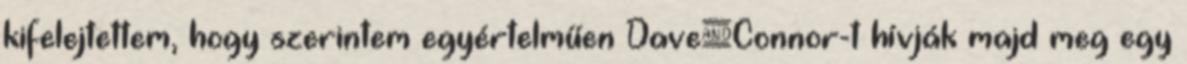
kifelejtettem, hogy szerintem egyértelműen Dave&Connor-t hívják majd meg egy